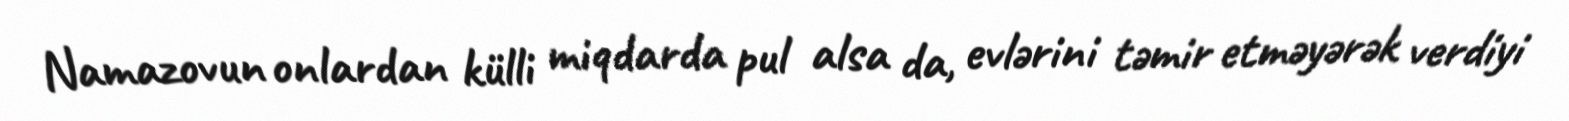
Namazovun onlardan külli miqdarda pul alsa da, evlərini təmir etməyərək verdiyi